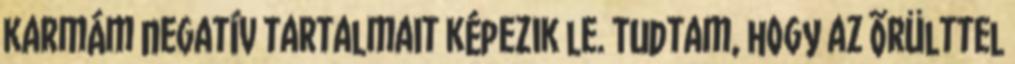
karmám negatív tartalmait képezik le. Tudtam, hogy az õrülttel